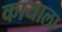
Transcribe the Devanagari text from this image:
कायाला